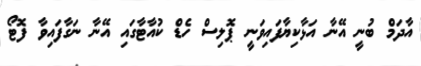
އާދަމް ބުނީ އޭނާ އަޅާކިޔާފައިވަނީ ޕޮލިސް ހެޑް ކުއާޓާގައި އޭނާ ނަގާފައިވާ ފޮޓޯ